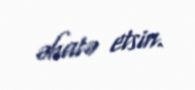
əhatə etsin.